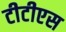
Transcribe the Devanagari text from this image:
टीटीएस